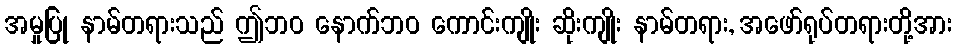
အမှုပြု နာမ်တရားသည် ဤဘဝ နောက်ဘဝ ကောင်းကျိုး ဆိုးကျိုး နာမ်တရား, အဖော်ရုပ်တရားတို့အား